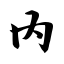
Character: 内